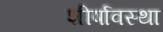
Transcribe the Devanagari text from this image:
शीर्षावस्था